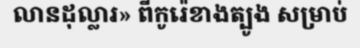
លានដុល្លារ» ពីកូរ៉េខាងត្បូង សម្រាប់